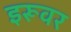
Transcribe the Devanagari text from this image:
इरूवर